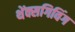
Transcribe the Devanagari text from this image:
थेंक्सगिविंग